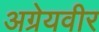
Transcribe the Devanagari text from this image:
अग्रेयवीर